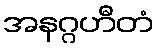
အနဂ္ဂဟီတံ